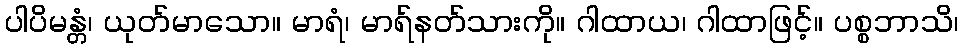
ပါပိမန္တံ၊ ယုတ်မာသော။ မာရံ၊ မာရ်နတ်သားကို။ ဂါထာယ၊ ဂါထာဖြင့်။ ပစ္စဘာသိ၊